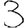
Digit: 3